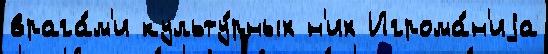
врага́м'и культу́рных н'их Игрома́н'иjа